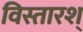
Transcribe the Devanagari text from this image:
विस्तारश्